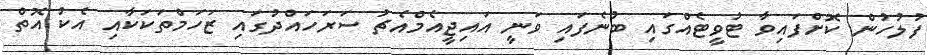
ފުލުހުން ކޮށްފައިވާ ޓުވީޓެއްގައި ބުނެފައި ވަނީ އައިޖީއެމްއެޗު ސަރަހައްދުގައި ޒަހަމްތަކަކާއި އެކު އޮތް